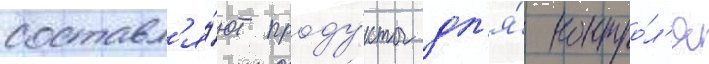
составл'я́ют проду́кты дл'я́ контро́л'я